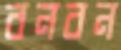
বনবন